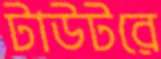
টাউটরে